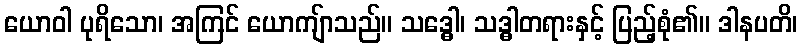
ယောဝါ ပုရိသော၊ အကြင် ယောကျ်ာသည်။ သဒ္ဓေါ၊ သဒ္ဓါတရားနှင့် ပြည့်စုံ၏။ ဒါနပတိ၊